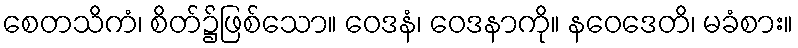
စေတသိကံ၊ စိတ်၌ဖြစ်သော။ ဝေဒနံ၊ ဝေဒနာကို။ နဝေဒေတိ၊ မခံစား။